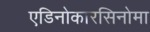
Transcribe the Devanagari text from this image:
एडिनोकारसिनोमा